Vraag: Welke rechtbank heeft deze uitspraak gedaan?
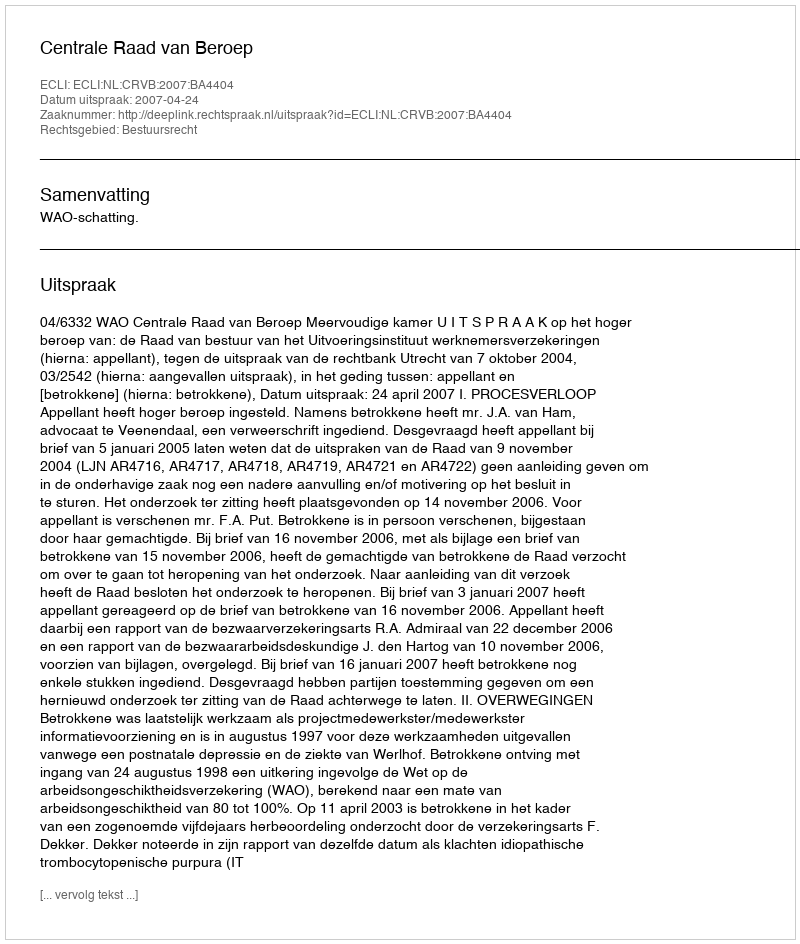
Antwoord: Centrale Raad van Beroep